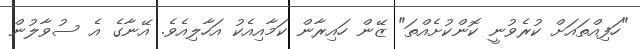
"ހަފިއްތައަށް ކުރެވުނީ ކޮންކުށެއްތަ" ޒޭން ހައިރާން ކަމާއިއެކު އަހާލިއެވެ. އޭނާގެ އެ ސުވާލުން